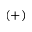
( + )